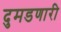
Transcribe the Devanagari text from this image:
दुमडणारी